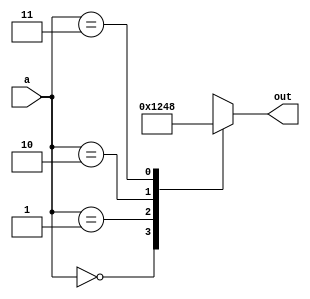
module decoder_2x4(
 input [1:0]a,
output reg[3:0] out );

always@ (a)
 begin
   case(a)
	2'b00: out= 4'b0001;
	2'b01: out= 4'b0010;
	2'b10: out= 4'b0100;
	2'b11: out= 4'b1000;
   endcase	
 end
endmodule

////////////////////// Testbench //////////////////////////
module tb_decoder_2x4;
 reg [1:0] a;
 wire [3:0] out;
decoder_2x4 dec1 (.a(a), .out(out));
   initial
    begin
	 a= 4'b00;
	 #10;a=4'b10;
	 #10;a=4'b01;
	 #10;a=4'b11;
	 #10; $finish;
	 end

endmodule